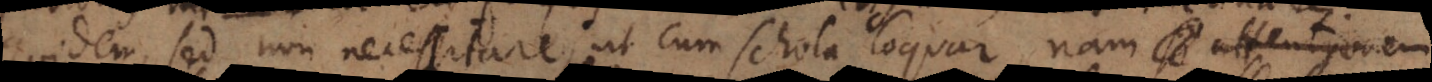
quidem, sed non necessitare, ut cum schola loquar; nam qui bon